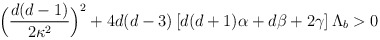
\begin{align*}\Big(\frac{d(d-1)}{2\kappa^2}\Big)^2+4d(d-3)\left[d(d+1)\alpha+d\beta+2\gamma\right]\Lambda_b>0\end{align*}